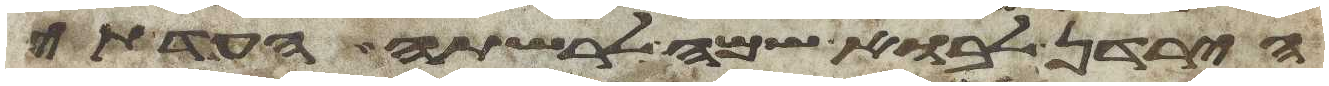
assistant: הירדן לבוא שמה לרשתה העדתי